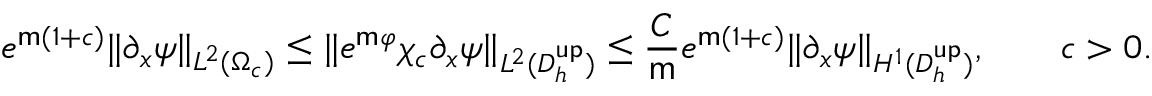
e ^ { \mathsf { m } ( 1 + c ) } \| \partial _ { x } \psi \| _ { L ^ { 2 } ( \Omega _ { c } ) } \leq \| e ^ { \mathsf { m } \varphi } \chi _ { c } \partial _ { x } \psi \| _ { L ^ { 2 } ( D _ { h } ^ { \mathsf { u p } } ) } \leq \frac { C } { \mathsf { m } } e ^ { \mathsf { m } ( 1 + c ) } \| \partial _ { x } \psi \| _ { H ^ { 1 } ( D _ { h } ^ { \mathsf { u p } } ) } , \qquad c > 0 .